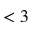
< 3